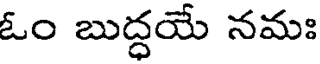
ఓం బుద్ధయే నమః